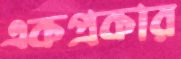
একপ্রকার